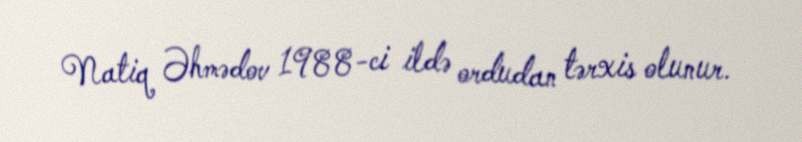
Natiq Əhmədov 1988-ci ildə ordudan tərxis olunur.